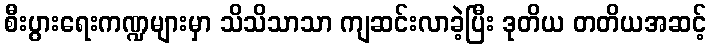
စီးပွားရေးကဏ္ဍများမှာ သိသိသာသာ ကျဆင်းလာခဲ့ပြီး ဒုတိယ တတိယအဆင့်